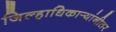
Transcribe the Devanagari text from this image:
जिल्हाधिकार्‍यांनीतर